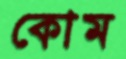
কোম